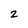
Character: 2